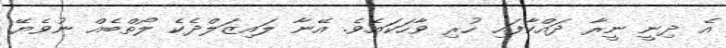
އެ ދިނީ ނީރާ ދައްކާފައި ހުރި ވާހަކައެވެ. އޭނާ ލައިޒަލްދެކެ ލޯތްބެއް ނުވެޔޭ